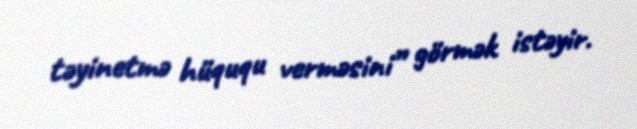
təyinetmə hüququ verməsini” görmək istəyir.